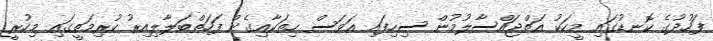
ފަހުދުގެ ކޮނޑުގައި މީހަކު އަތްޖައްސާލުމުން ސިހިފައި އަވަސް ހިތަކާއިގެން ފަހަތްބަލާލިއިރު ކުރިމަތީގައި މިހުރީ